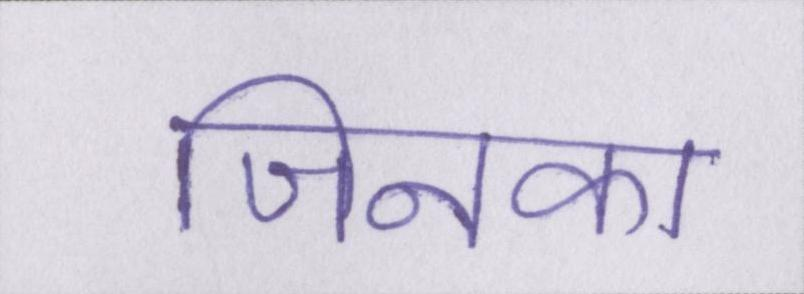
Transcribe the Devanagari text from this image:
जिनका